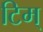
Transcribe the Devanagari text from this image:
टिम्‌